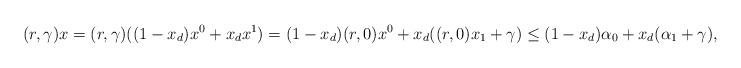
LaTeX: \begin{align*} (r,\gamma)x=(r,\gamma)((1-x_d)x^0+x_dx^1)=(1-x_d)(r,0)x^0+ x_d((r,0)x_1+\gamma)\le (1-x_d)\alpha_0+ x_d(\alpha_1+\gamma),\end{align*}